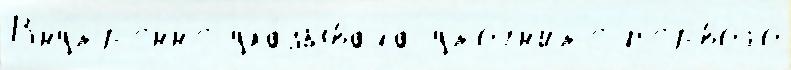
Вну́тр'енн'е ука́зывала уточн'и́т'е п'е́рвого